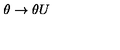
\theta \rightarrow \theta U